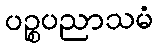
ပဉ္စပညာသမံ